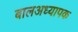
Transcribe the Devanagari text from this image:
बालअध्यापक